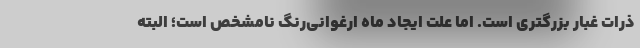
ذرات غبار بزرگتری است. اما علت ایجاد ماه ارغوانی‌رنگ نامشخص است؛ البته